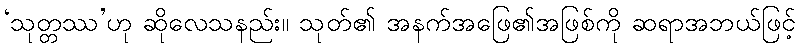
‘သုတ္တဿ’ဟု ဆိုလေသနည်း။ သုတ်၏ အနက်အဖြေ၏အဖြစ်ကို ဆရာအဘယ်ဖြင့်